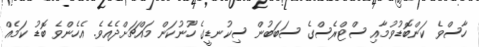
ހާސްވެ ކަންބޮޑުވުމާއި ސްޓްރެސްގެ ސަބަބުން ސިކުނޑީގެ ހޫނުކަން މައްޗަށްދެއެވެ. އެހެންވެ ބޮޑު ކަމެއް